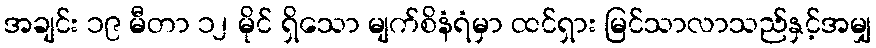
အချင်း ၁၉ မီတာ ၁၂ မိုင် ရှိသော မျက်စိနံရံမှာ ထင်ရှား မြင်သာလာသည်နှင့်အမျှ